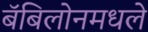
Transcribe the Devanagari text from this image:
बॅबिलोनमधले